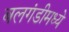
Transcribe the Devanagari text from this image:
बलगंडीमध्ये